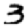
Digit: 3